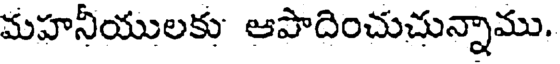
మహనీయులకు ఆపాదించుచున్నాము.